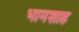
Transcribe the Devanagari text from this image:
भामशाह